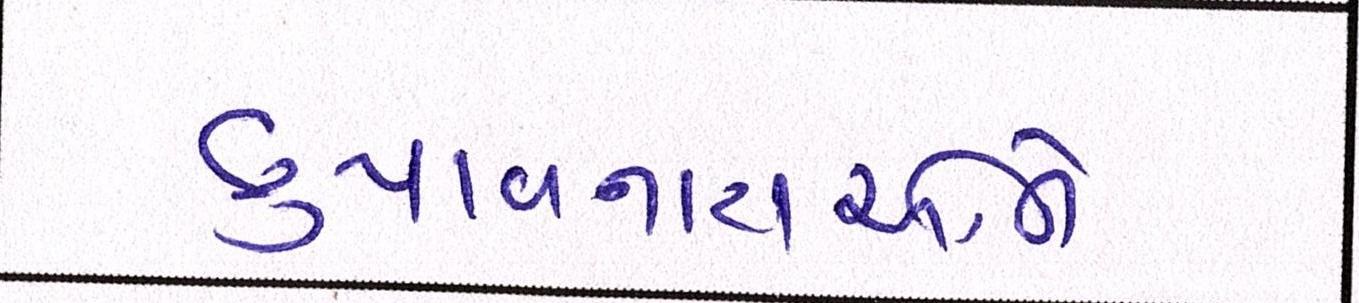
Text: છુપાવનારાઓને